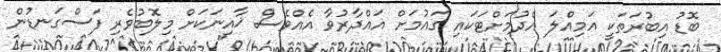
ބޮޑު އިބުރަތަކީ އަމިއްލަ އެދުމަށްޓަކައި ގައުމަށް ޣައްދާރުވާ އެއްވެސް ޚާއިނަކަށް މިލޮބުވެރި ފަސްގަނޑުން